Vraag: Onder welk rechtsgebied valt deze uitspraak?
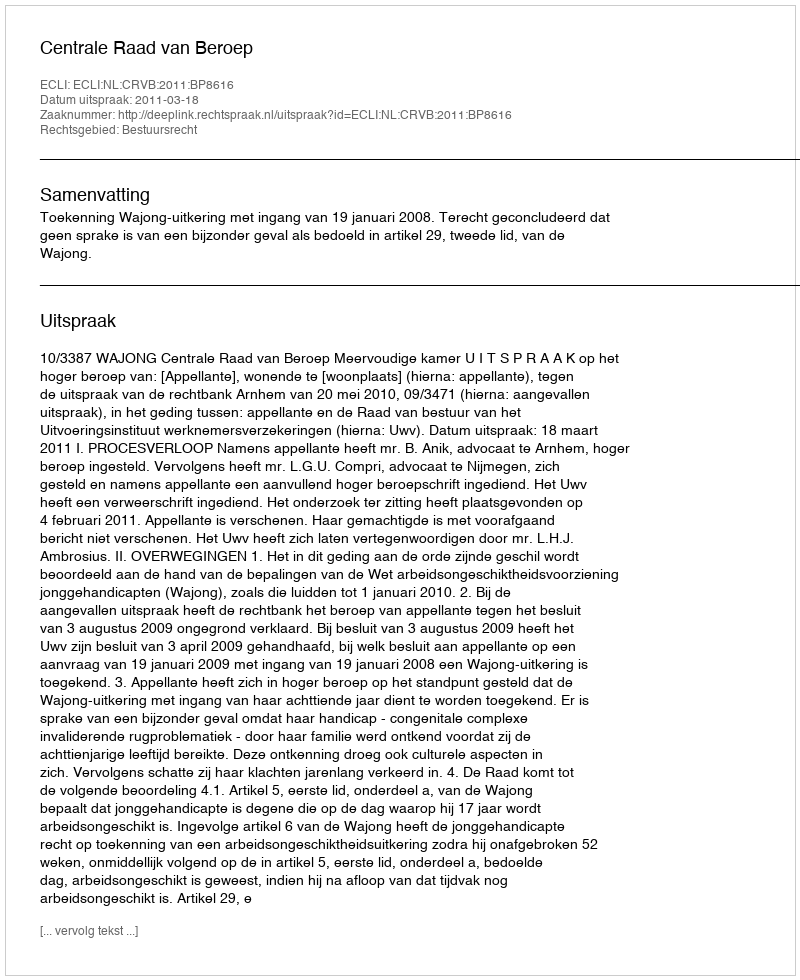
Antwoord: Bestuursrecht